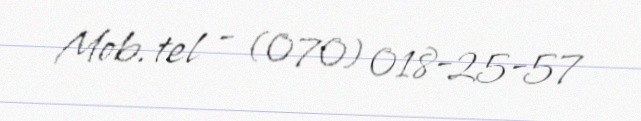
Mob. tel - (070) 018-25-57